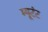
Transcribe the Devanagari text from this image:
म्यूटंट